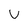
Character: u